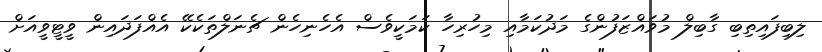
ލިބިފައިތިބި ގާބިލް މުވައްޒަފުންގެ މަދުކަމާއި މިހުރިހާ ކަމަކީވެސް އެހެނިހެން ޗެނަލްތަކެކޭ އެއްފަދައިން ވީޓީވީއަށް